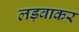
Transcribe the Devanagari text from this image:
लड़वाकर